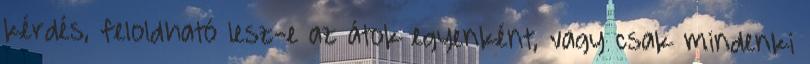
kérdés, feloldható lesz-e az átok egyenként, vagy csak mindenki